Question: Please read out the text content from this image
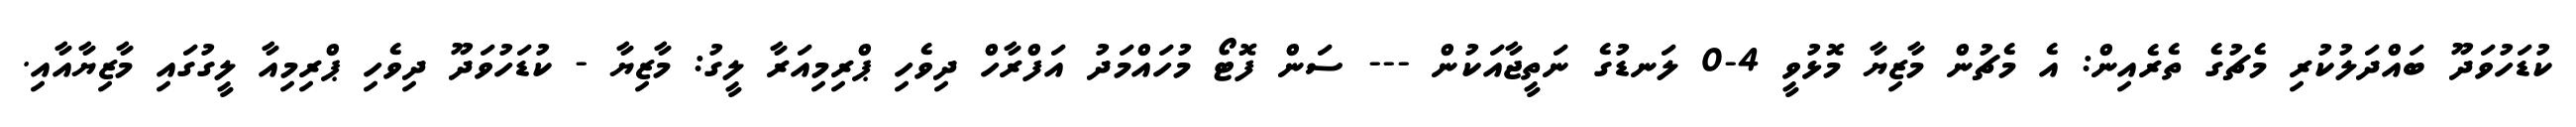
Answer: ކުޑަހުވަދޫ ބައްދަލުކުރި މެޗުގެ ތެރެއިން: އެ މެޗުން މާޒިޔާ މޮޅުވީ 4-0 ލަނޑުގެ ނަތީޖާއަކުން --- ސަން ފޮޓޯ މުހައްމަދު އަފްރާހް ދިވެހި ޕްރިމިއަރާ ލީގު: މާޒިޔާ - ކުޑަހުވަދޫ ދިވެހި ޕްރިމިއާ ލީގުގައި މާޒިޔާއާއި.